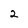
Character: 2